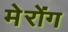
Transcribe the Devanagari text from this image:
मेरोंग